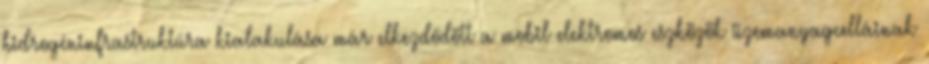
hidrogéninfrastruktúra kialakulása már elkezdődött a mobil elektromos eszközök üzemanyagcelláinak